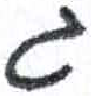
אות: ג